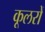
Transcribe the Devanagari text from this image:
कूलरों